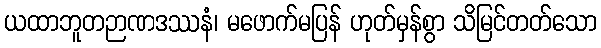
ယထာဘူတဉာဏဒဿနံ၊ မဖောက်မပြန် ဟုတ်မှန်စွာ သိမြင်တတ်သော